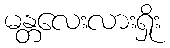
မန္တလေးလားရှိုး